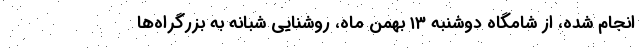
انجام شده، از شامگاه دوشنبه ۱۳ بهمن ماه، روشنایی شبانه به بزرگراه‌ها